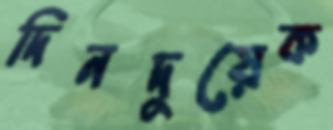
দিনদুয়েক